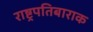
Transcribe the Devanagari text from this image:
राष्ट्रपतिबाराक